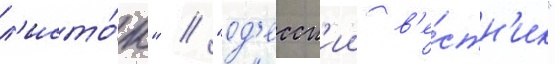
л'исто́к" / "од'есск'ии в'е́стн'ик"